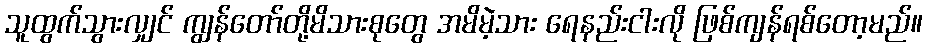
သူထွက်သွားလျှင် ကျွန်တော်တို့မိသားစုတွေ အမိမဲ့သား ရေနည်းငါးလို ဖြစ်ကျန်ရစ်တော့မည်။